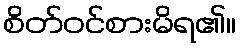
စိတ်ဝင်စားမိရ၏။